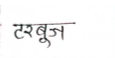
मजकूर: टरबूज